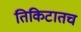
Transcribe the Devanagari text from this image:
तिकिटातच